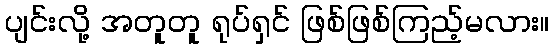
ပျင်းလို့ အတူတူ ရုပ်ရှင် ဖြစ်ဖြစ်ကြည့်မလား။